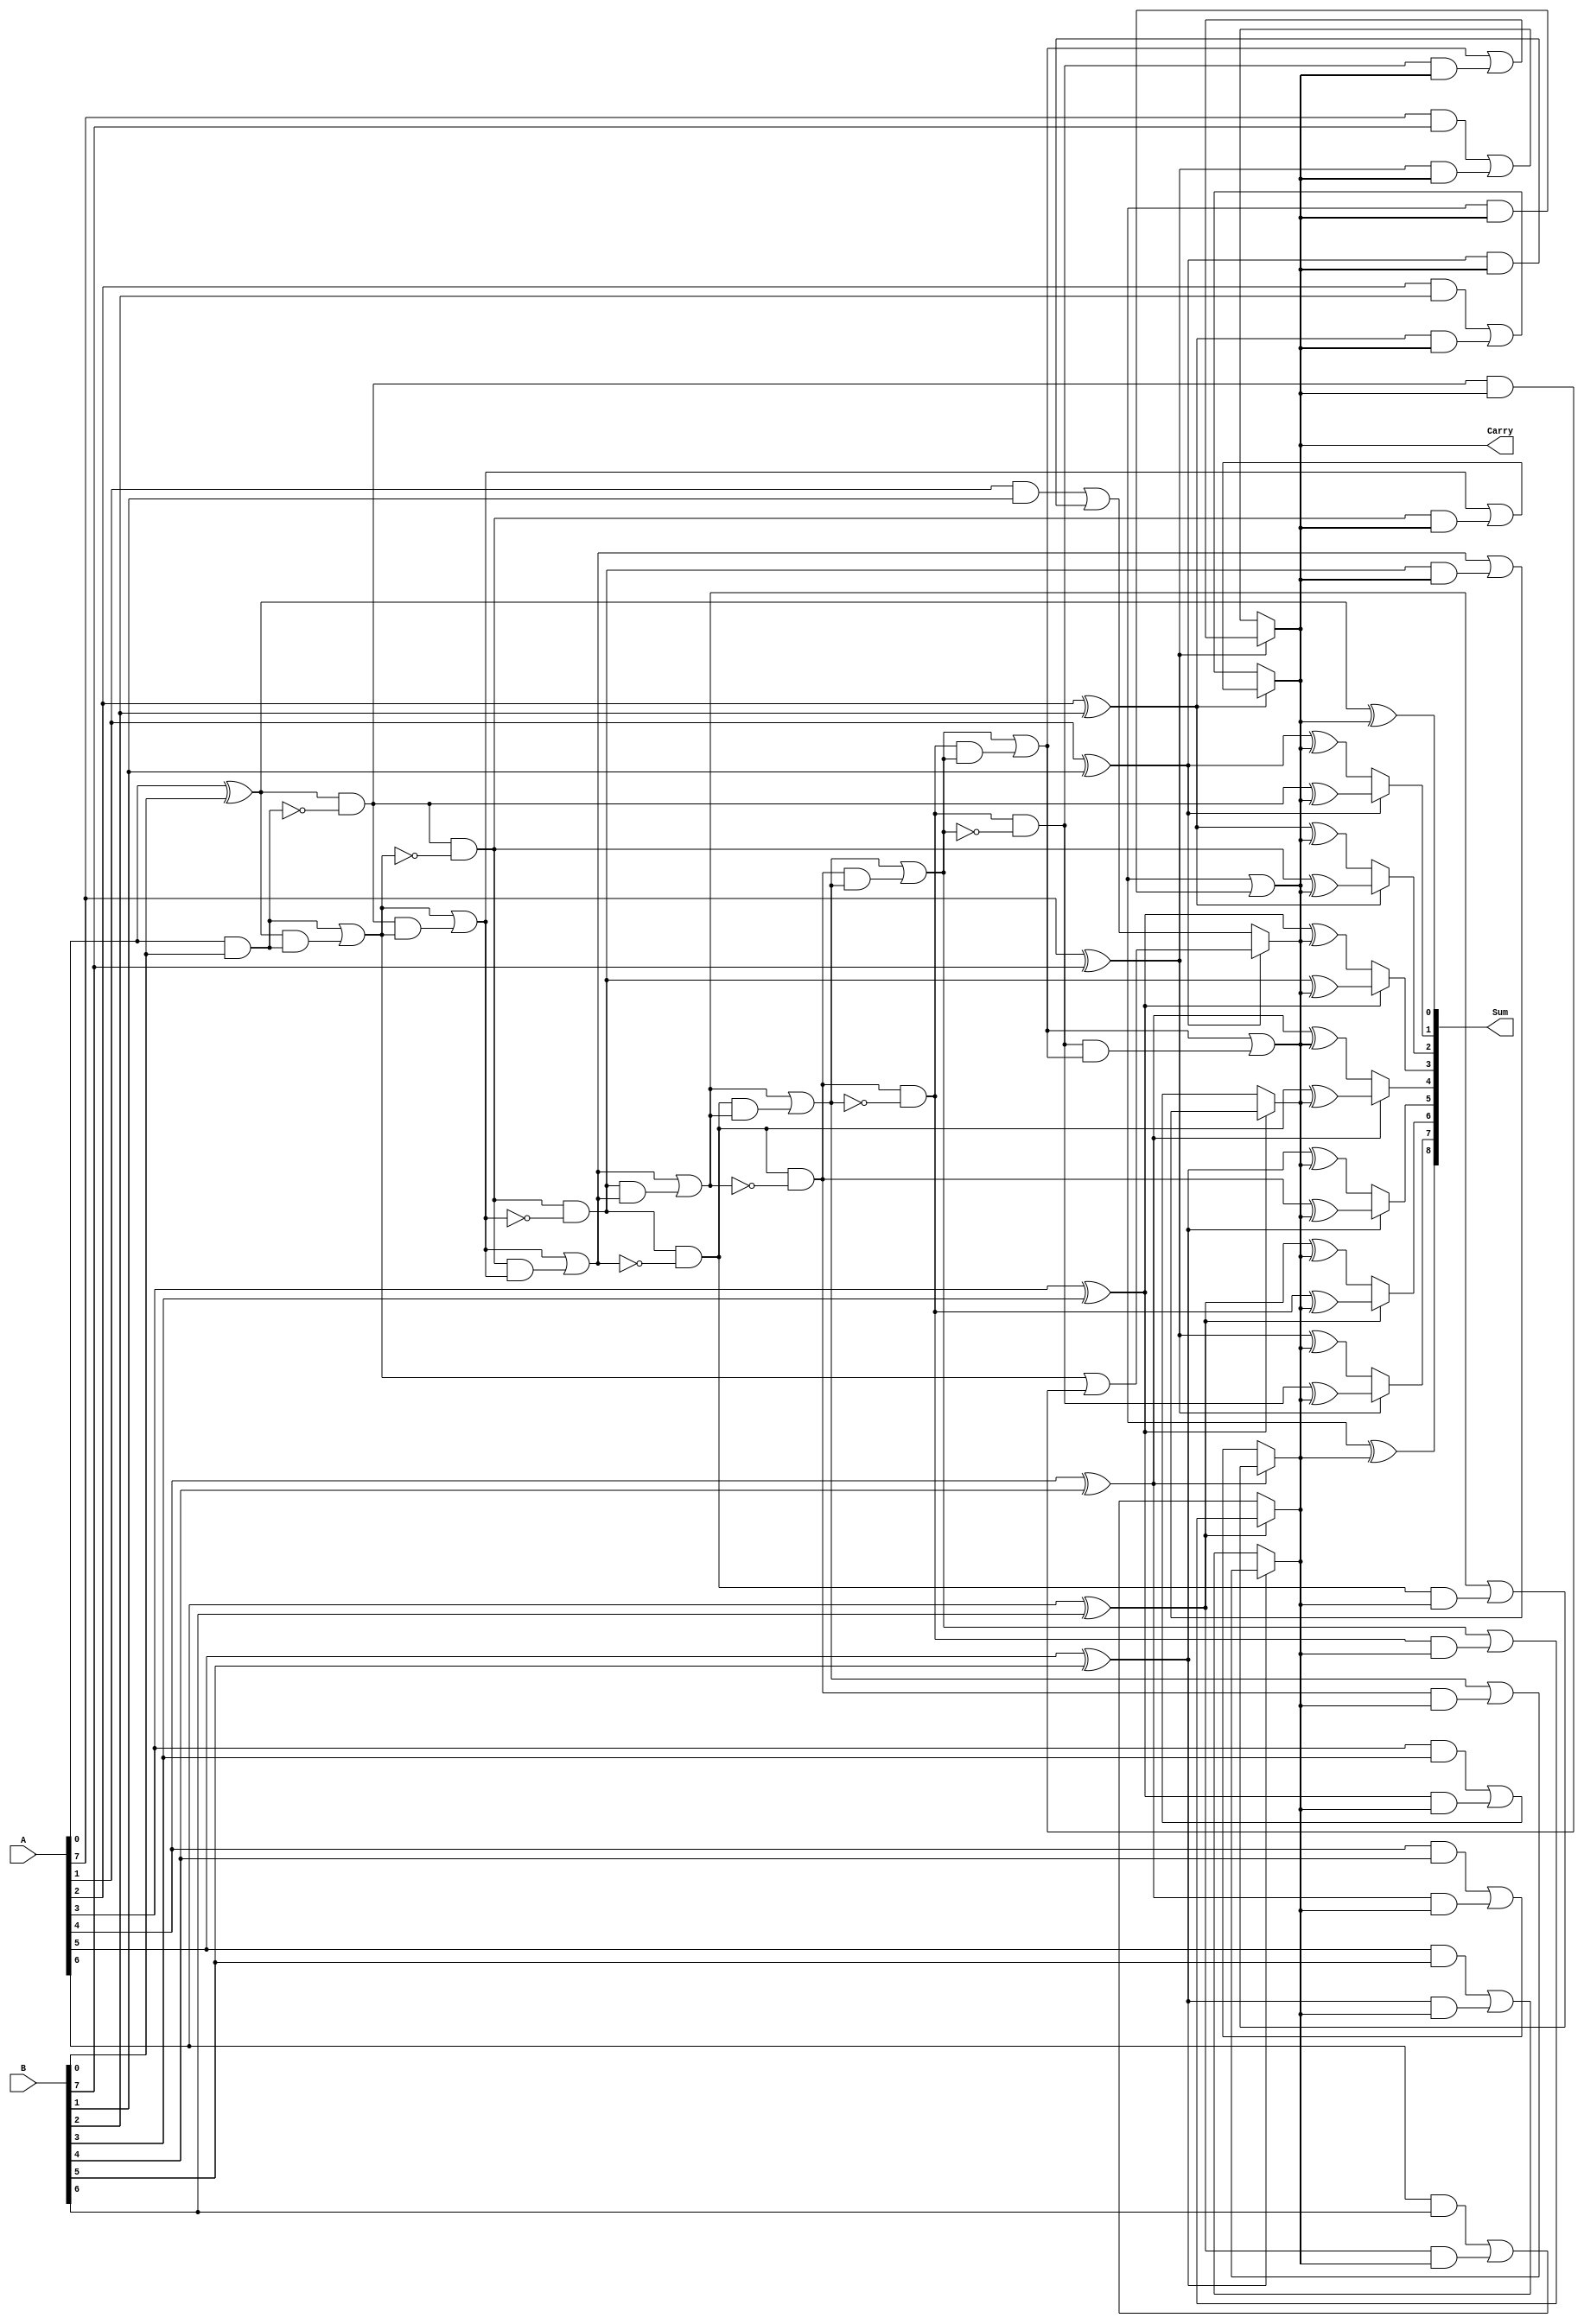
module BrentKungAdder (
    input [7:0] A,
    input [7:0] B,
    output reg [8:0] Sum,
    output reg Carry
);

wire [8:0] P, G;

assign P[0] = A[0] ^ B[0];
assign G[0] = A[0] & B[0];

genvar i;
generate
    for (i = 1; i < 9; i = i + 1) begin : generation_loop
        assign P[i] = P[i-1] & ~G[i-1];
        assign G[i] = G[i-1] | (P[i-1] & G[i-1]);
    end
endgenerate

assign Sum[0] = A[0] ^ B[0] ^ Carry;
assign Carry = G[8];

generate
    for (i = 1; i < 9; i = i + 1) begin : summation_loop
        always @* begin
            if (A[i] ^ B[i]) begin
                Sum[i] = P[i] ^ Carry;
                Carry = G[i] | (P[i] & Carry);
            end else begin
                Sum[i] = A[i] ^ B[i] ^ Carry;
                Carry = A[i] & B[i] | (A[i] ^ B[i]) & Carry;
            end
        end
    end
endgenerate

endmodule